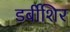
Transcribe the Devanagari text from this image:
डर्बीशिर